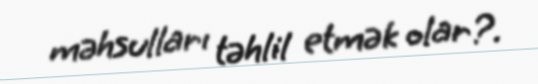
məhsulları təhlil etmək olar?.